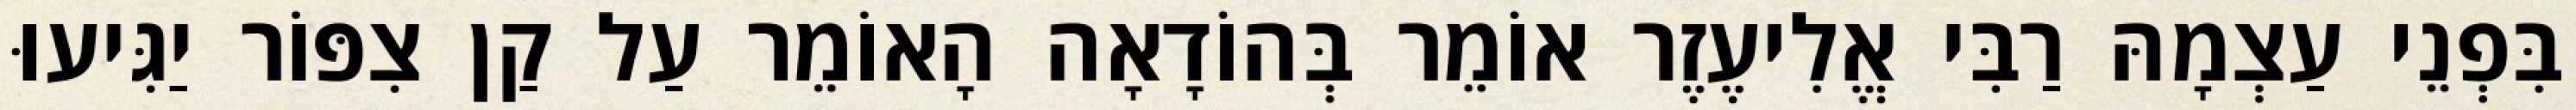
בִּפְנֵי עַצְמָהּ רַבִּי אֱלִיעֶזֶר אוֹמֵר בְּהוֹדָאָה הָאוֹמֵר עַל קַן צִפּוֹר יַגִּיעוּ